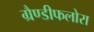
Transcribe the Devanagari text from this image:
ग्रैण्डीफलोरा